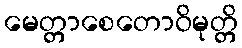
မေတ္တာစေတောဝိမုတ္တိ